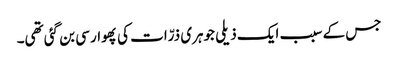
جس کے سبب ایک ذیلی جوہری ذرّات کی پھوار سی بن گئی تھی۔